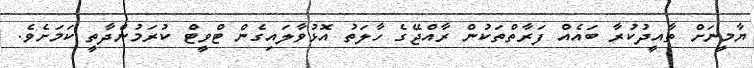
ޔާމީނަށް ތާއީދުކުރާ ބައެއް ފަރާތްތަކުން ރާއްޖޭގެ ހާލަތު އޮޅުވާލައިގެން ޓްވީޓް ކުރަމުންދާތީ ކަމަށެވެ.